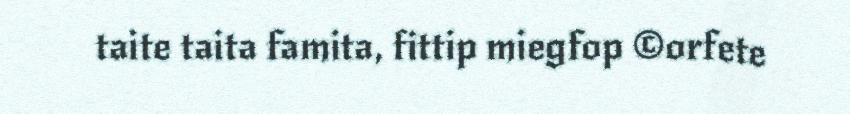
taite taita famita, fittip miegfop ©orfete